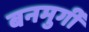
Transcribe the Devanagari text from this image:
बनमुर्गी